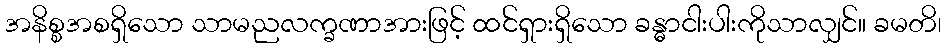
အနိစ္စအစရှိသော သာမညလက္ခဏာအားဖြင့် ထင်ရှားရှိသော ခန္ဓာငါးပါးကိုသာလျှင်။ ခမတိ၊